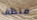
منظف